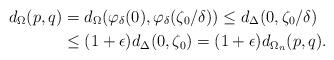
LaTeX: \begin{align*}d_{\Omega}(p,q) &= d_{\Omega}( \varphi_{\delta}(0), \varphi_{\delta}(\zeta_0/\delta)) \leq d_{\Delta}(0, \zeta_0/\delta) \\& \leq (1+\epsilon)d_{\Delta}(0,\zeta_0) = (1+\epsilon)d_{\Omega_n}(p,q). \end{align*}